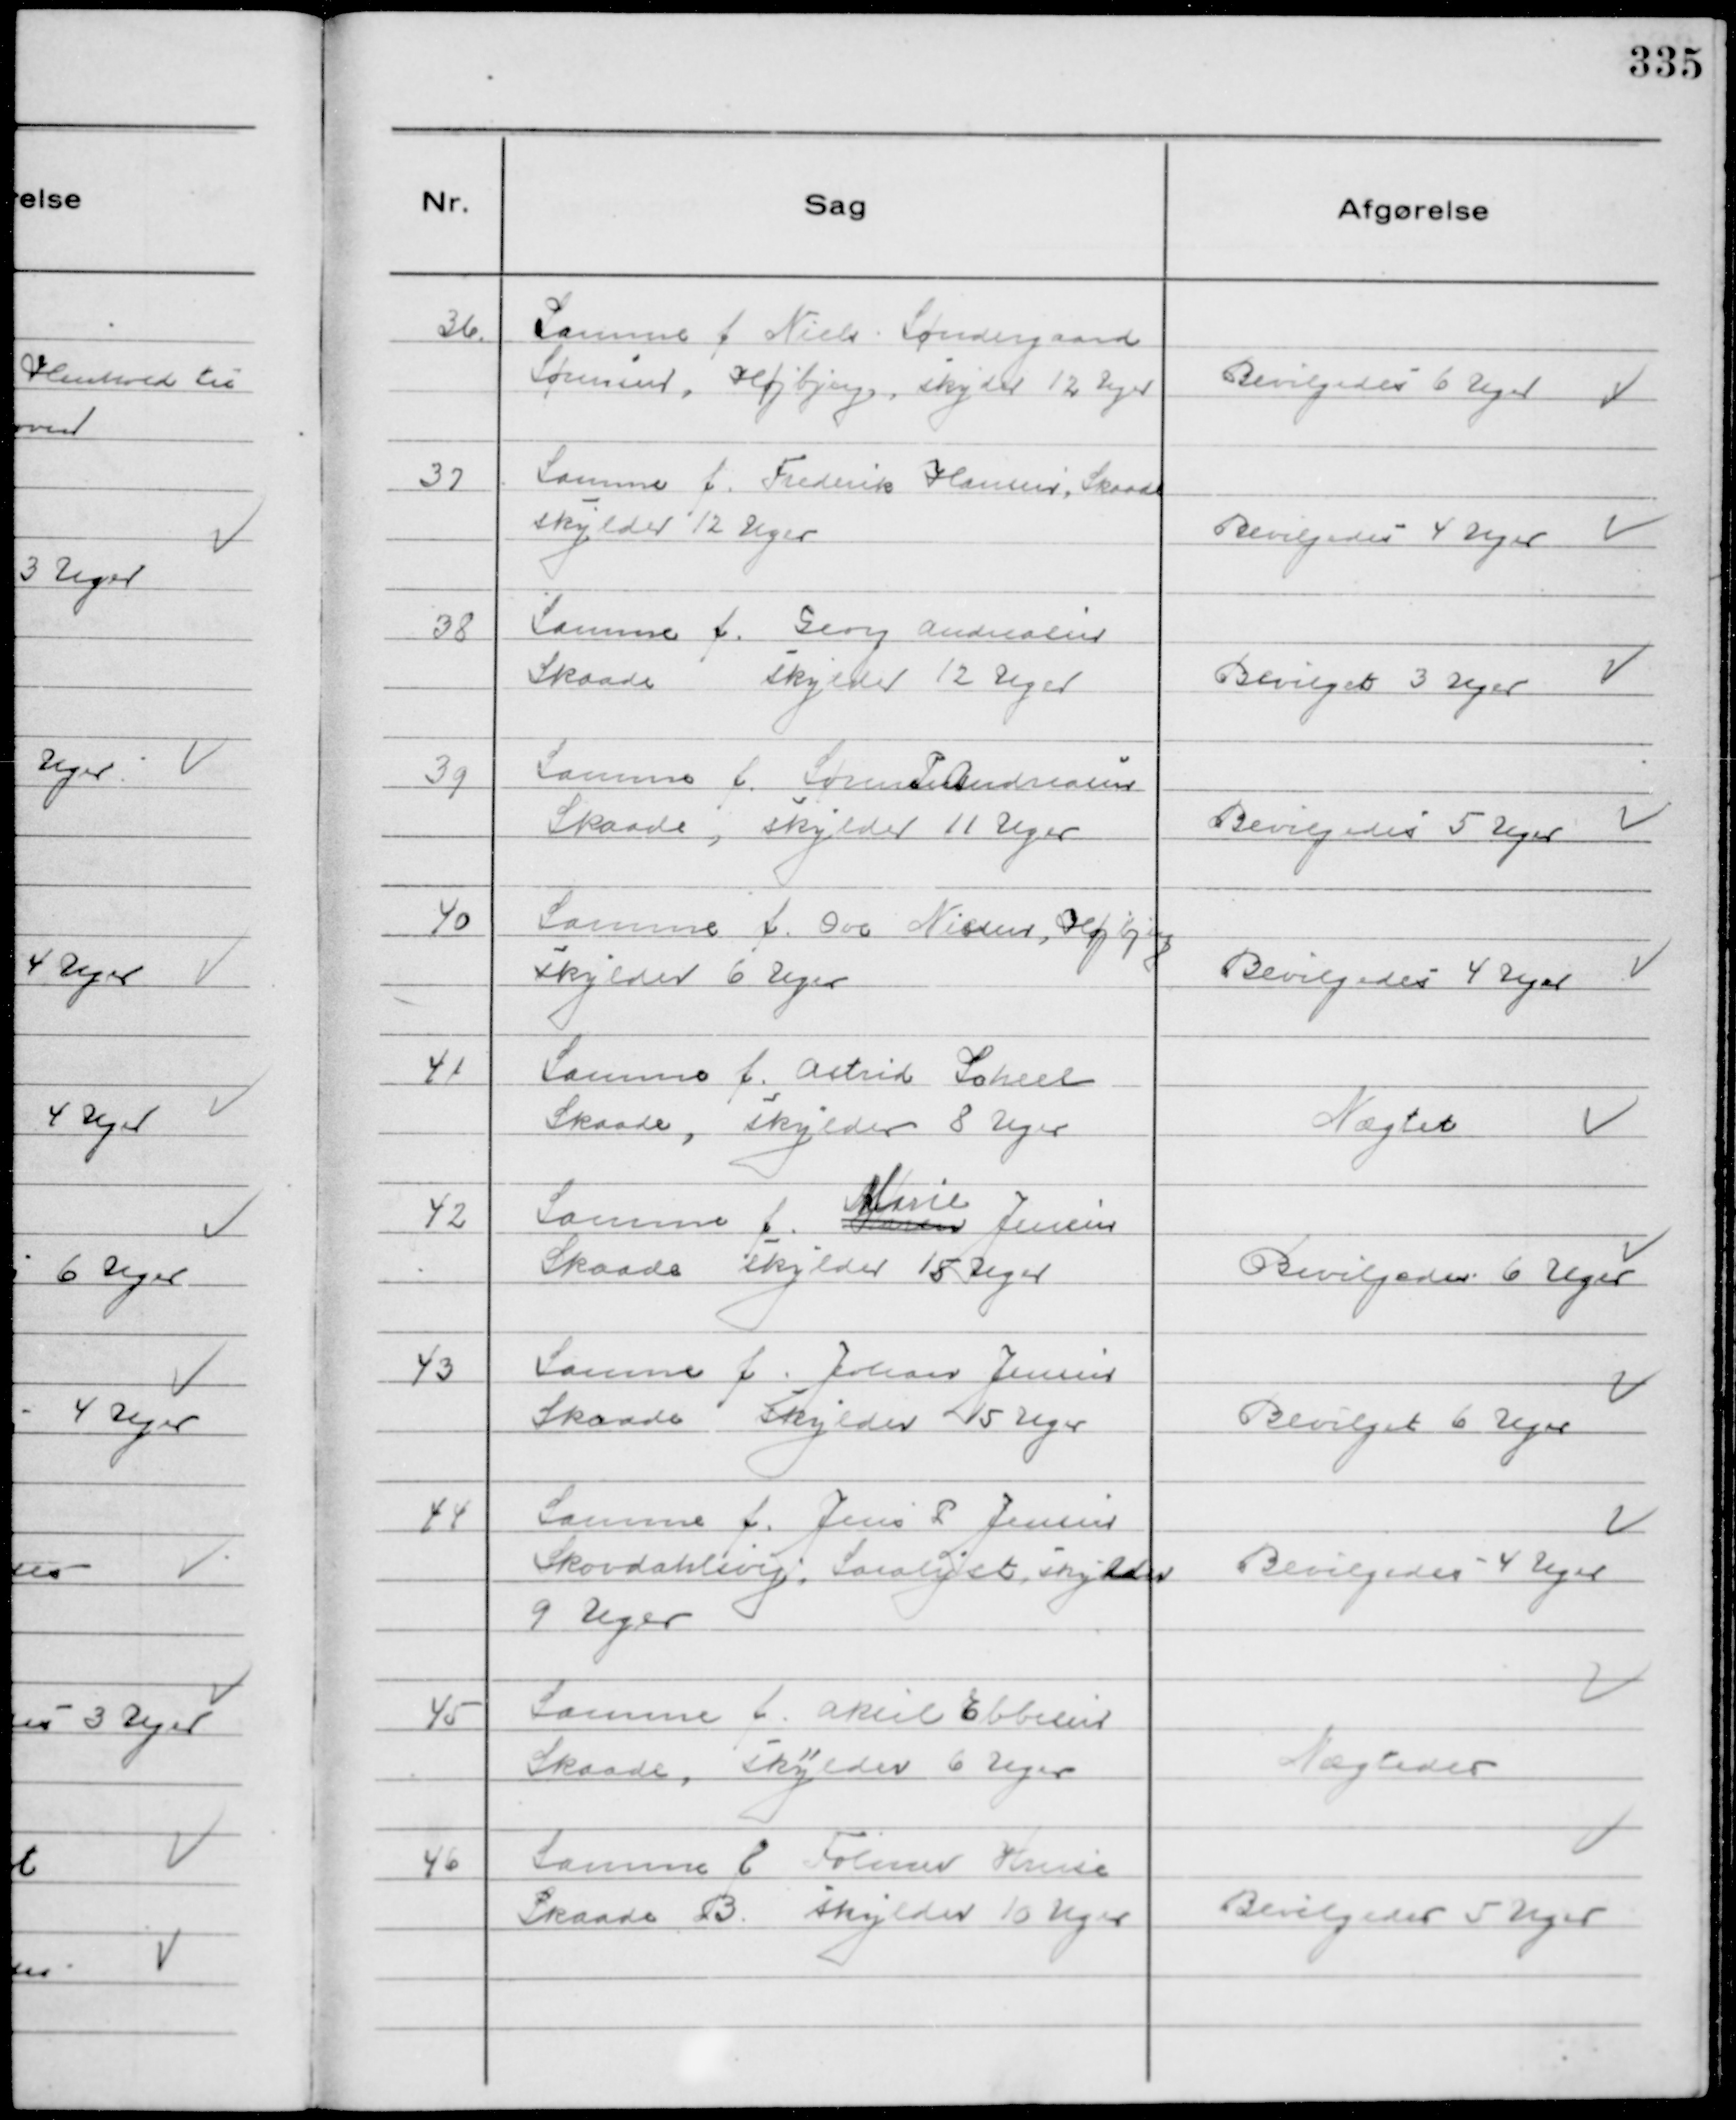
Transskription:
36.
Samme f. Niels Søndergaard
Sørensen, Højbjerg, skyder 12 Uger

Bevilgedes 6 Uger

37
Samme f. Frederik Hansen, Skaade
skylder 12 Uger

Bevilgedes 4 Uger

38
Samme f. Georg Andreasen
Skaade skylder 12 Uger

Bevilget 3 Uger

39
Samme f. Søren P Andreasen
Skaade, skylder 11 Uger

Bevilgedes 5 Uger

40
Samme f. Ove Nissen, Højbjerg
skylder 6 Uger

Bevilgedes 4 Uger

41
Samme f. Astrid Scheel
Skaade, skylder 8 Uger

Nægtet

42
Samme f. Maren
Marie
Jensen
Skaade skylder 15 Uger

Bevilgedes 6 Uger

43
Samme f. Johan Jensen
Skaade skylder 15 Uger

Bevilget 6 Uger

44
Samme f. Jens P Jensen
Skovdahlsvej, Saralyst, skylder
9 Uger

Bevilgedes 4 Uger

45
Samme f. Aksel Ebbesen
Skaade, skylder 6 Uger

Nægtedes

46
Samme f Folmer Kruse
Skaade B. skylder 10 Uger

Bevilgedes 5 Uger